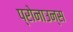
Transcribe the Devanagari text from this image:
प्रोनाउन्स